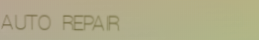
AUTO REPAIR